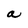
Character: a